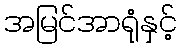
အမြင်အာရုံနှင့်